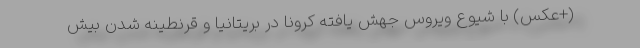
(+عکس) با شیوع ویروس جهش یافته کرونا در بریتانیا و قرنطینه شدن بیش